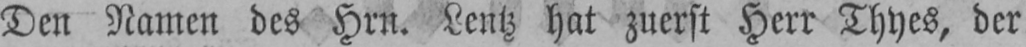
Den Namen des Hrn. Peutz hat zuerst Herr Thyes, der